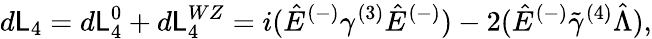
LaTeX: d{\cal\mathsf{L}}_{4}=d{\cal\mathsf{L}}_{4}^{0}+d{\cal\mathsf{L}}_{4}^{WZ}=i(\hat{{E}}^{(-)}\gamma^{(3)}\hat{{E}}^{(-)})-2(\hat{{E}}^{(-)}\tilde{{\gamma}}^{(4)}\hat{{\Lambda}}),